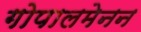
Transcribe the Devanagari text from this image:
गोपालमेनन